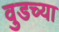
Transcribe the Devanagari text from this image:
वुडच्या